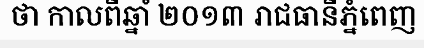
ថា កាលពីឆ្នាំ ២០១៣ រាជធានីភ្នំពេញ